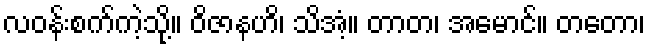
လဝန်းစက်ကဲ့သို့။ ဝိဇာနဟိ၊ သိအံ့။ တာတ၊ အမောင်။ တတော၊